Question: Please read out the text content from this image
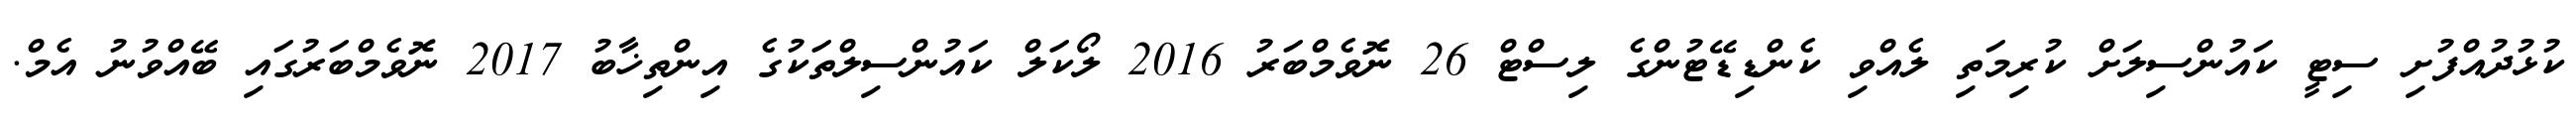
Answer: ކުޅުދުއްފުށި ސިޓީ ކައުންސިލަށް ކުރިމަތި ލެއްވި ކެންޑިޑޭޓުންގެ ލިސްޓް 26 ނޮވެމްބަރު 2016 ލޯކަލް ކައުންސިލްތަކުގެ އިންތިޚާބު 2017 ނޮވެމްބަރުގައި ބޭއްވުނު އެމް.